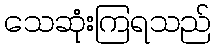
သေဆုံးကြရသည်